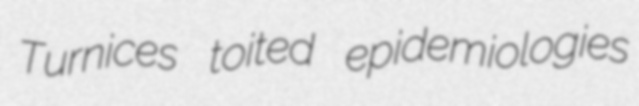
Turnices toited epidemiologies